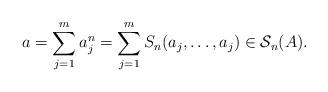
LaTeX: \begin{align*}a=\sum_{j=1}^m a_j^n=\sum_{j=1}^m S_n(a_j,\dotsc,a_j)\in\mathcal{S}_n(A).\end{align*}